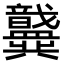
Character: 𫤶